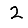
Digit: 2